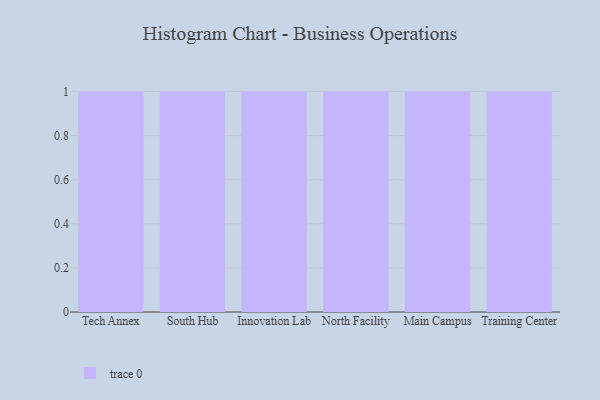
{"axis": {"x": "Campus", "y": "Shipments"}, "legend": [""], "data": [{"x": "Tech Annex", "y": 2, "type": ""}, {"x": "South Hub", "y": 48, "type": ""}, {"x": "Innovation Lab", "y": 80, "type": ""}, {"x": "North Facility", "y": 81, "type": ""}, {"x": "Main Campus", "y": 77, "type": ""}, {"x": "Training Center", "y": 31, "type": ""}]}